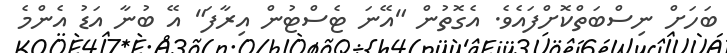
ބަހަށް ނިސްބަތްކޮށްފައެވެ. އެގޮތުން "އޭނަ ޓެސްޓުން އިރާފަ" އޭ ބުނާ އަޑު އެންމެ